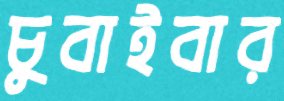
চুবাইবার